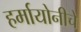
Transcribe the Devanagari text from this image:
हर्मायोनीचे